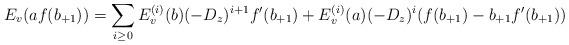
LaTeX: \begin{align*}E_v(af(b_{+1})) = \sum_{i\geq0} E^{(i)}_v(b) ({-D_z})^{i+1} f'(b_{+1})+ E^{(i)}_v(a) ({-D_z})^i(f(b_{+1})-b_{+1}f'(b_{+1})) \end{align*}